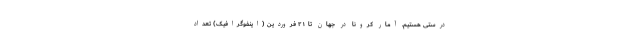
درستی هستیم. آمار کرونا در جهان تا ۲۱ فروردین (اینفوگرافیک) تعداد